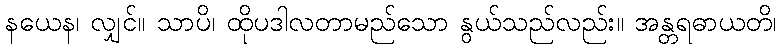
နယေန၊ လျှင်။ သာပိ၊ ထိုပဒါလတာမည်သော နွယ်သည်လည်း။ အန္တရဓာယတိ၊